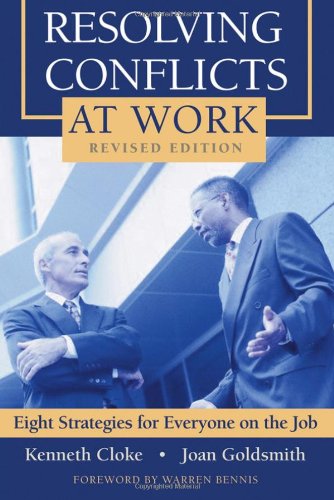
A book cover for Resolving Conflicts at Work: Eight Strategies for Everyone on the Job; Kenneth Cloke; Business & Money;